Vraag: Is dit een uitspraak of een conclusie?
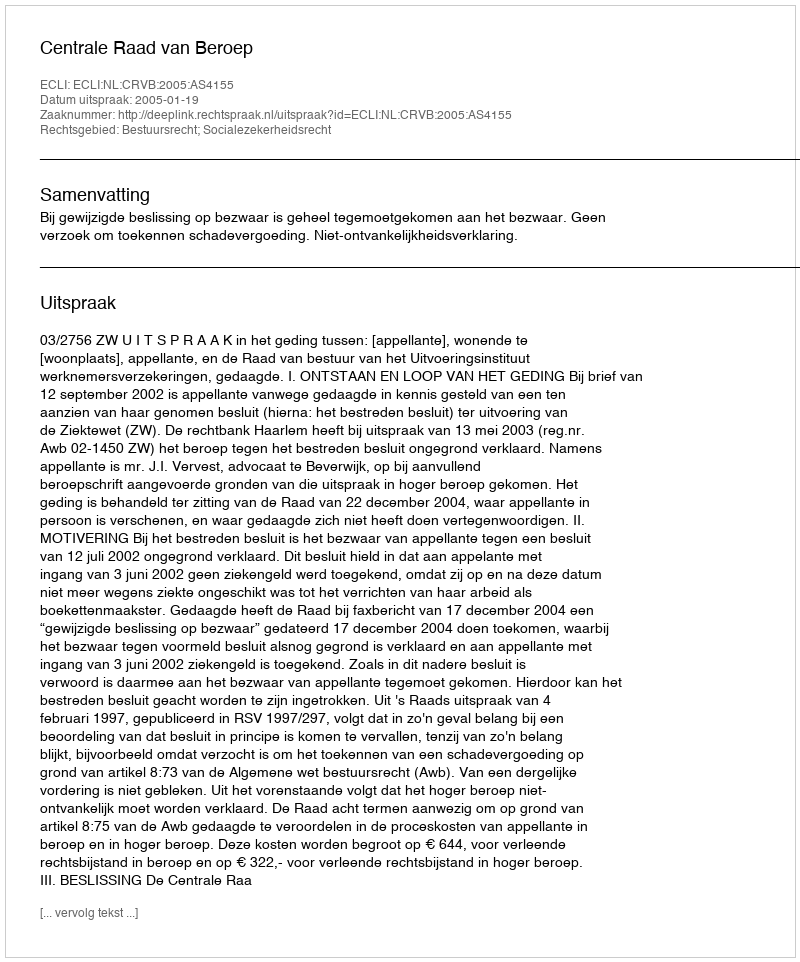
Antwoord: Uitspraak